Vaccination in Bombay 1874-1876 - 1874-1876
Year: 1874
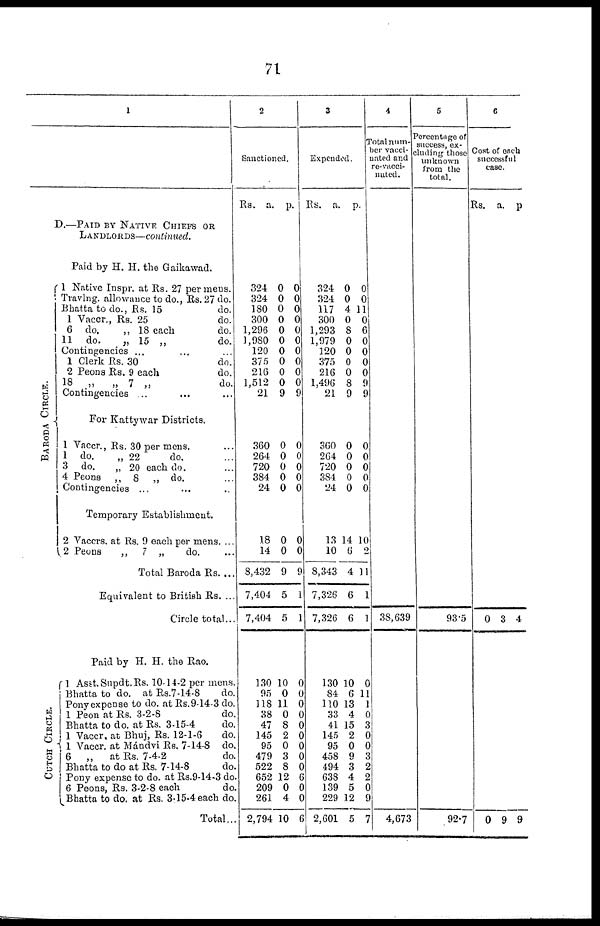
71
1
D.—PAID BY NATIVE CHIEFS OR
LANDLORDS—continued.
Paid by H. H. the Gaikawad.
BARODA CI RCLE.
1 Native Inspr. at Rs. 27 per mens.
Travlng, allowance to do., Rs. 27 do.
Bhatta to do., Rs. 15
do.
1 Vaccr., Rs. 25
do.
6 do.
„ 18 each
do.
11 do.
„ 15 „
do.
Contingencies ... ... ...
1 Clerk Rs. 30
do.
2 Peons Rs. 9 each
do.
18 „
„ 7 „
do.
Contingencies ... ... ...
For Kattywar Districts.
1 Vaccr., Rs. 30 per mens. ...
1 do.
„ 22
do.
3 do.
„ 20 each do.
4 Peons „ 8 „ do.
Contingencies ... ... ...
Temporary Establishment.
2 Vaccrs. at Rs. 9 each per mens. ...
2 Peons
„
7 „
do. ...
Total Baroda Rs. ...
Equivalent to British Rs. ...
Circle total...
Paid by H. H. the Rao.
CUTCH CIRCLE.
1 Asst.Supdt.Rs. 10-14-2 per mens.
Bhatta to do. at Rs.7-14-8
do.
Pony expense to do. at Rs.9-14-3 do.
1 Peon at Rs. 3-2-8
do.
Bhatta to do. at Rs. 3-15-4
do.
1 Vaccr. at Bhuj, Rs. 12-1-6
do.
1 Vaccr. at Mándvi Rs. 7-14-8 do.
6
„
at Rs. 7-4-2
do.
Bhatta to do at Rs. 7-14-8
do.
Pony expense to do. at Rs.9-14-3 do.
6 Peons, Rs. 3-2-8 each
do.
Bhatta to do. at Rs. 3-15-4 each do.
Total...
2
Sanctioned.
Rs.
324
324
180
300
1,296
1,980
120
375
216
1,512
21
360
264
720
384
24
18
14
8,432
7,404
7,404
130
95
118
38
47
145
95
479
522
652
209
261
2,794
a.
0
0
0
0
0
0
0
0
0
0
9
0
0
0
0
0
0
0
9
5
5
10
0
11
0
8
2
0
3
8
12
0
4
10
p.
0
0
0
0
0
0
0
0
0
0
9
0
0
0
0
0
0
0
9
1
1
0
0
0
0
0
0
0
0
0
6
0
0
6
3
Expended.
Rs.
324
324
117
300
1,293
1,979
120
375
216
1,496
21
360
264
720
384
24
13
10
8,343
7,326
7,326
130
84
110
33
41
145
95
458
494
638
139
229
2,601
a.
0
0
4
0
8
0
0
0
0
8
9
0
0
0
0
0
14
6
4
6
6
10
6
13
4
15
2
0
9
3
4
5
12
5
p.
0
0
11
0
6
0
0
0
0
9
9
0
0
0
0
0
10
2
11
1
1
0
11
1
0
3
0
0
3
2
2
0
9
7
4
Total num¬
ber vacci¬
nated and
re-vacci¬
nated.
38,639
4,673
5
Percentage of
success, ex¬
cluding those
unknown
from the
total.
93.5
92.7
6
Cost of each
successful
case.
Rs.
0
0
a.
3
9
p.
4
9